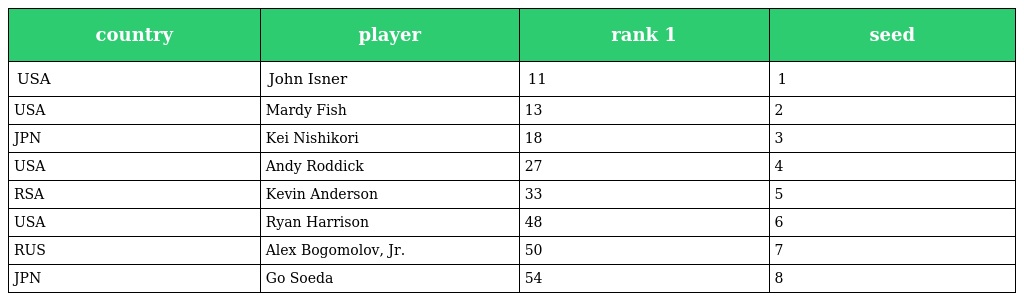
| country | player | rank 1 | seed |
 | --- | --- | --- | --- |
 | USA | John Isner | 11 | 1 |
 | USA | Mardy Fish | 13 | 2 |
 | JPN | Kei Nishikori | 18 | 3 |
 | USA | Andy Roddick | 27 | 4 |
 | RSA | Kevin Anderson | 33 | 5 |
 | USA | Ryan Harrison | 48 | 6 |
 | RUS | Alex Bogomolov, Jr. | 50 | 7 |
 | JPN | Go Soeda | 54 | 8 |